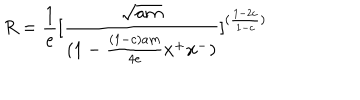
R = { \frac { 1 } { e } } [ { \frac { \sqrt { a m } } { ( 1 - { \frac { ( 1 - c ) a m } { 4 e } } x ^ { + } x ^ { - } ) } } ] ^ { ( { \frac { 1 - 2 c } { 1 - c } } ) }